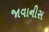
જાવાનીસ